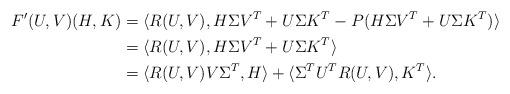
LaTeX: \begin{align*} F'(U,V)(H,K) &= \langle R(U,V),H\Sigma V^{T} + U\Sigma K^{T} - P(H\Sigma V^{T} + U\Sigma K^{T})\rangle \\ &= \langle R(U,V),H\Sigma V^{T} + U\Sigma K^{T}\rangle \\ &= \langle R(U,V)V\Sigma^{T},H\rangle + \langle \Sigma^{T}U^{T}R(U,V),K^{T}\rangle. \end{align*}